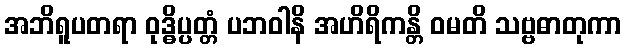
အဘိရူပတရာ ဝုဒ္ဓိပ္ပတ္တံ ပဘဝါနိ အဟိရိကန္တိ ဝမတိ သဗ္ဗဓာတုကာ